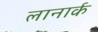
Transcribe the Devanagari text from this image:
लानार्क